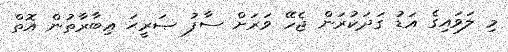
މި ލަވައިގެ އަޑު ގަދަކުރަން ޖެހޭ ވަރަށް ސާފު ޞަރީޙަ ޢިބާރާތުން އޮތް